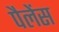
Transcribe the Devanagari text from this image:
पैलेंस